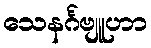
သေနင်္ဂဗျူဟာ